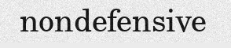
nondefensive